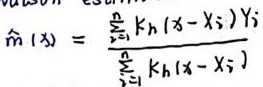
\[ \hat{m}(x) = \frac{\sum_{i = 1}^{n} K_h(x - X_i)Y_i}{\sum_{i = 1}^{n} K_h(x - X_i)} \]